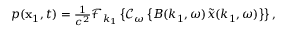
\begin{array} { r } { p ( \mathbf { x } _ { 1 } , t ) = \frac { 1 } { c ^ { 2 } } \mathcal { F } _ { k _ { 1 } } \left\{ \mathcal { C } _ { \omega } \left\{ B ( k _ { 1 } , \omega ) \tilde { x } ( k _ { 1 } , \omega ) \right\} \right\} , } \end{array}